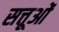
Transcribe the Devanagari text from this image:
सत्तूओं